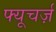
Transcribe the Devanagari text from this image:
फ्यूचर्ज़